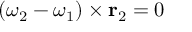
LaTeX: ( { \boldsymbol { \omega } } _ { 2 } - { \boldsymbol { \omega } } _ { 1 } ) \times \mathbf { r } _ { 2 } = 0